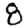
Digit: 8